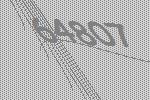
64807